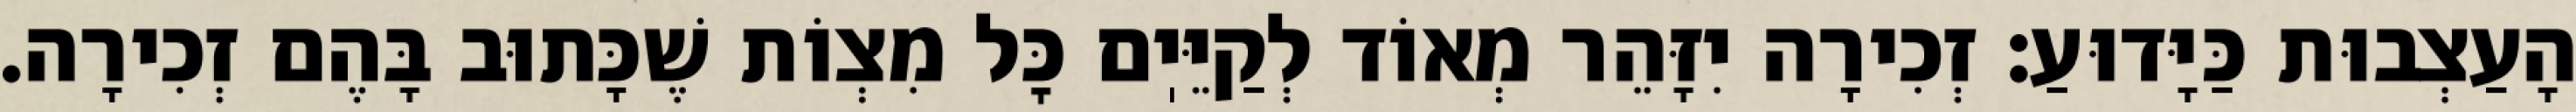
הָעַצְבוּת כַּיָּדוּעַ: זְכִירָה יִזָּהֵר מְאוֹד לְקַיֵּיֽם כׇּל מִצְוֹת שֶׁכָּתוּב בָּהֶם זְכִירָה.